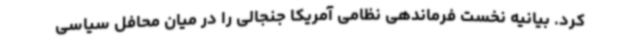
کرد. بیانیه نخست فرماندهی نظامی آمریکا جنجالی را در میان محافل سیاسی